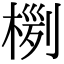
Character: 𣖊